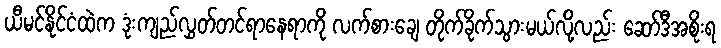
ယီမင်နိုင်ငံထဲက ဒုံးကျည်လွှတ်တင်ရာနေရာကို လက်စားချေ တိုက်ခိုက်သွားမယ်လို့လည်း ဆော်ဒီအစိုးရ